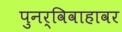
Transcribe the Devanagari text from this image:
पुनर्विवाहावर